Trukikaitis_Postimees, lk 31
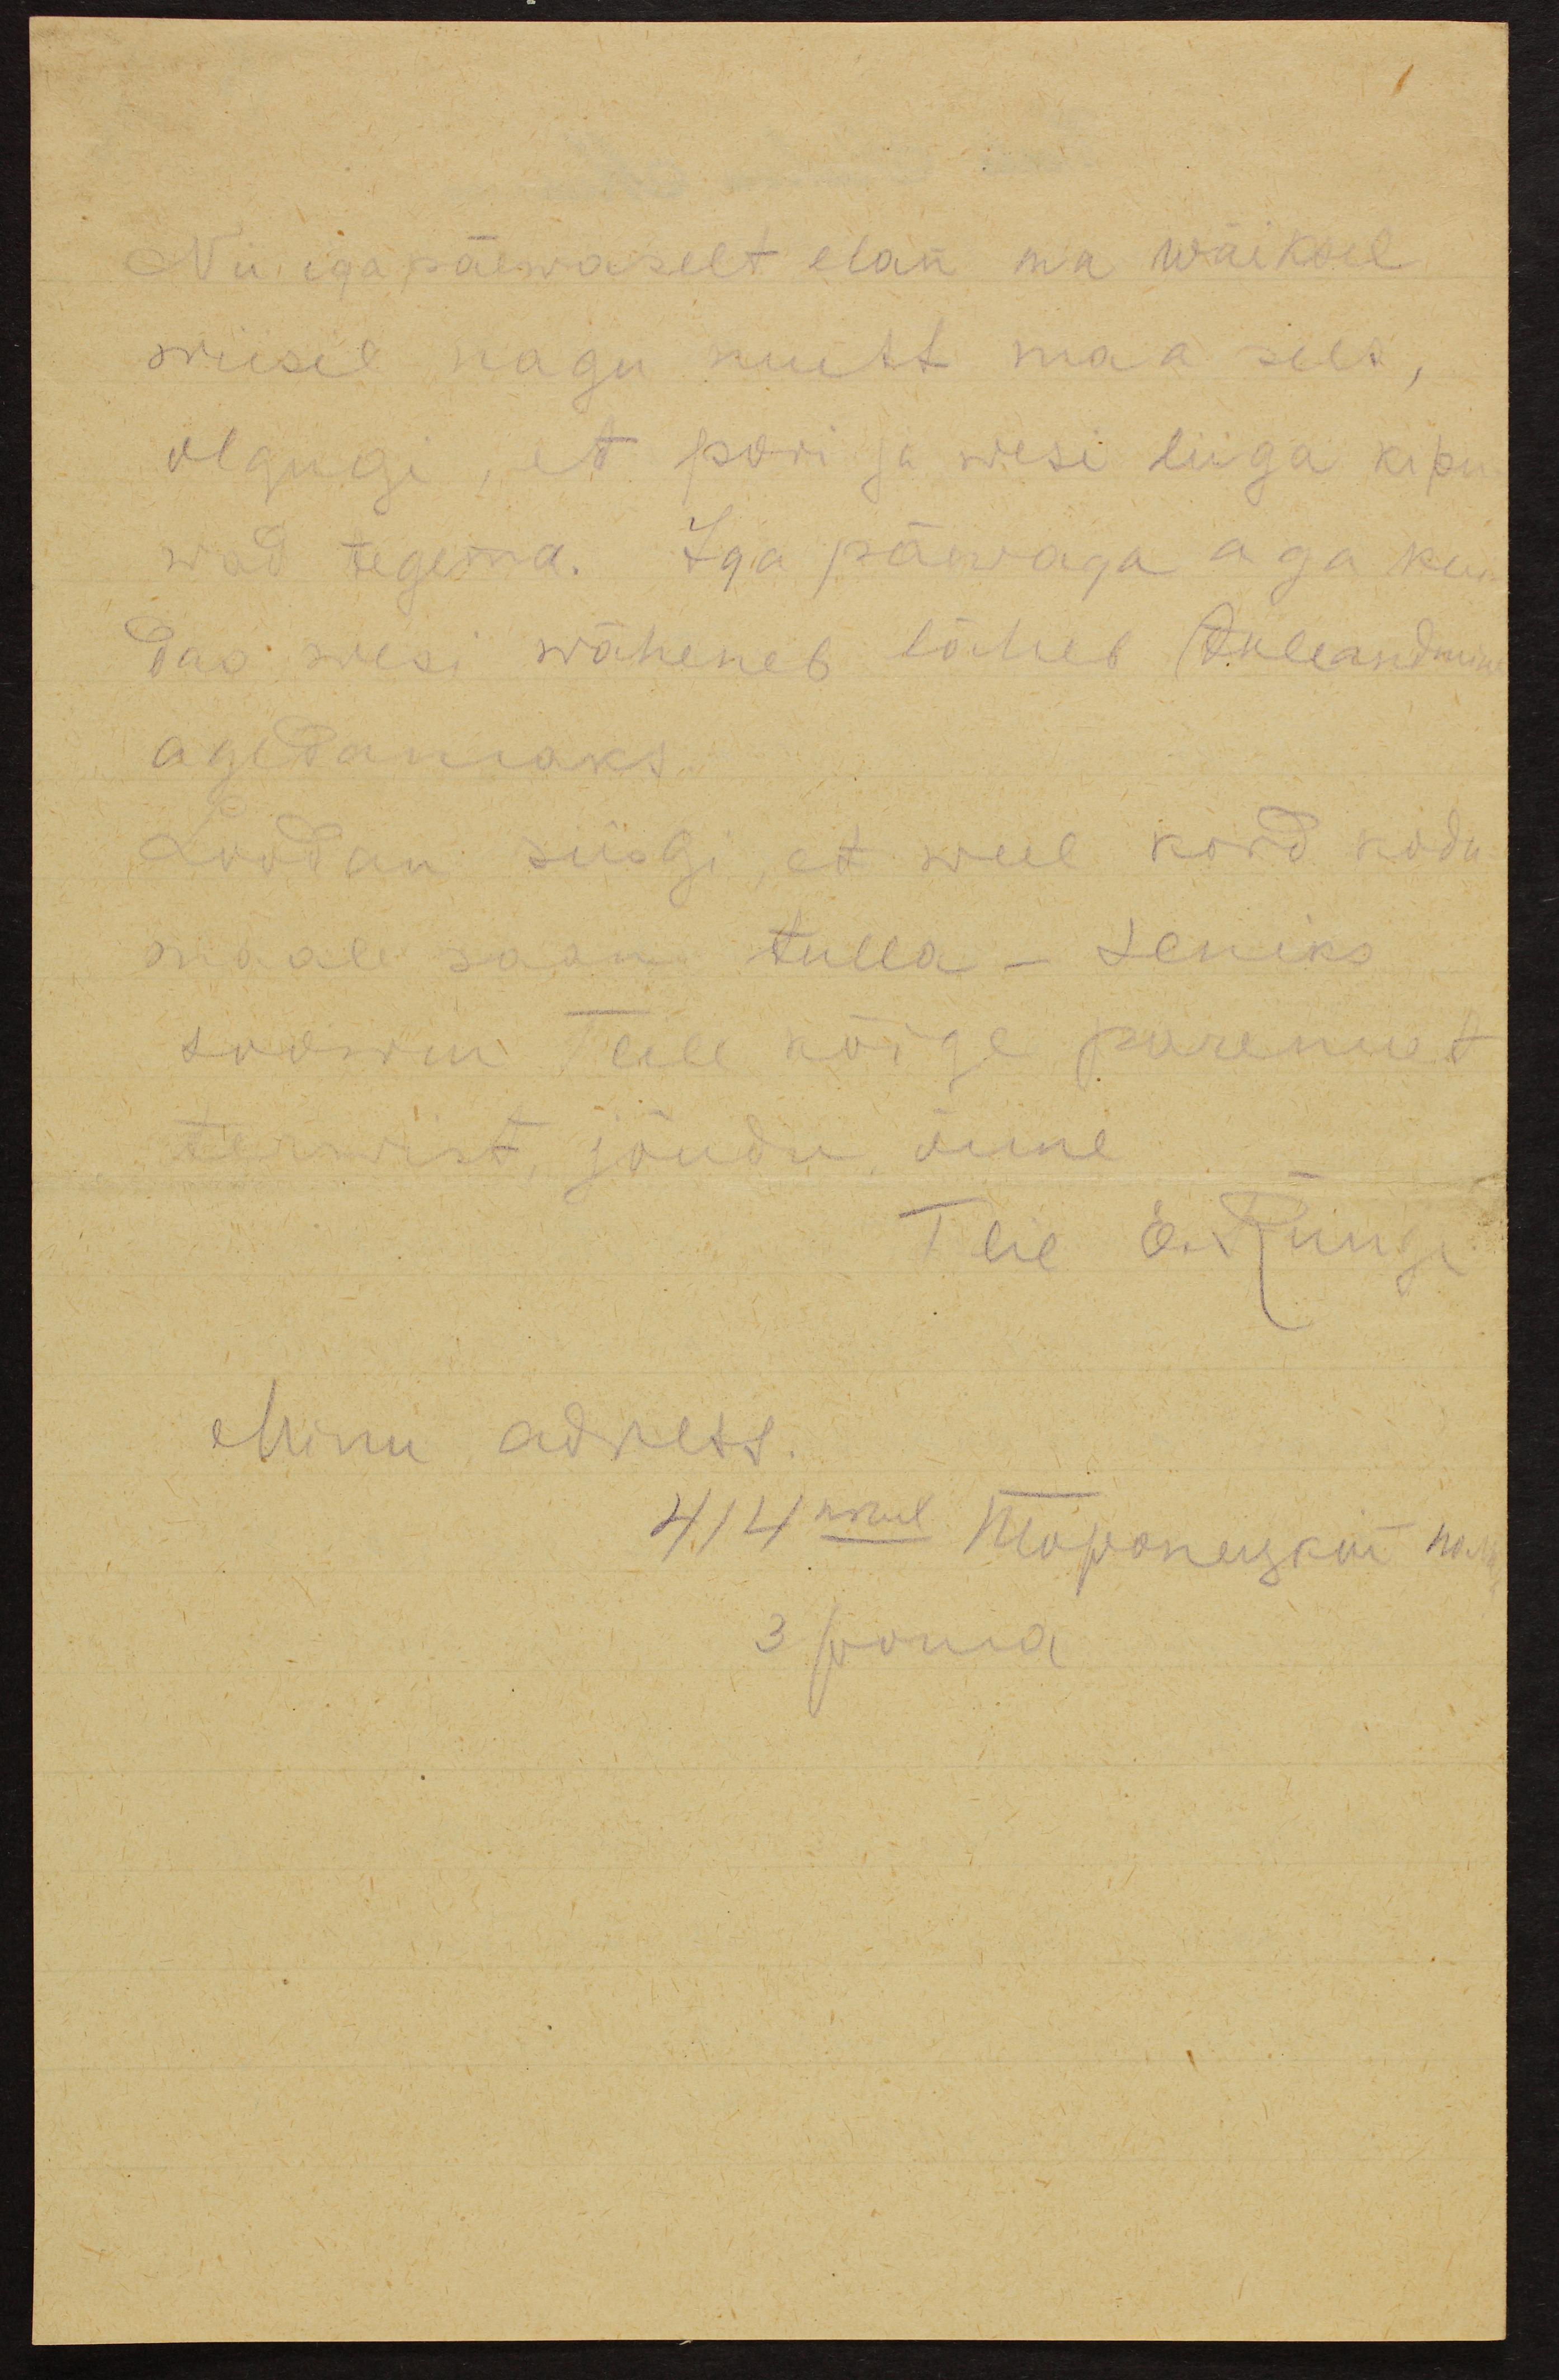
Nii igapäewaselt elan ma waiksel
wiisil nagu mutt maa sees,
olgugi, et pori ja wesi liiga kipu-
wad tegema. Iga päewaga aga kui-
das wesi wäheneb läheb tuleandmine
agedamaks.
Loodan siisgi, et weel kord kodu-
maale saan tulla - seniks
soowin Teile kõige paremat
terwist, jõudu, õnne
Teie  E. Runge
Minu adress.